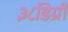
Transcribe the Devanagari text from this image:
३८डिग्री